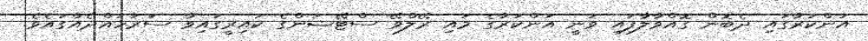
އަންކަރާގައި ދެބޮން ގޮއްވާލާފައި ވަނީ އަންކަރާގެ މައި ރޭލްވޭ ސްޓޭޝަންގެ ކައިރީގައިވާ ސަރަހައްދެއްގައެވެ.